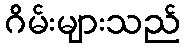
ဂိမ်းများသည်